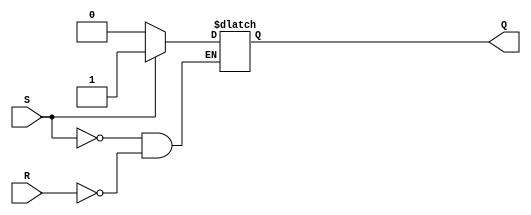
module sr_latch(
    input S, // Set input
    input R, // Reset input
    output reg Q // Output
);

always @(S, R)
begin
    if (S)
        Q <= 1; // Set Q high
    else if (R)
        Q <= 0; // Reset Q low
end

endmodule